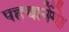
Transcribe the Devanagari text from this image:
पहचानेंगे।